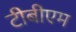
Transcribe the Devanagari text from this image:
टीबीएम